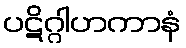
ပဋိဂ္ဂါဟကာနံ